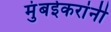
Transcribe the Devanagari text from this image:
मुंबईकरांनी